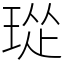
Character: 㻜